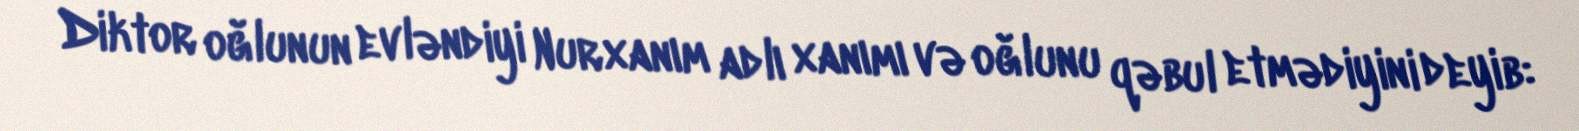
Diktor oğlunun evləndiyi Nurxanım adlı xanımı və oğlunu qəbul etmədiyini deyib: